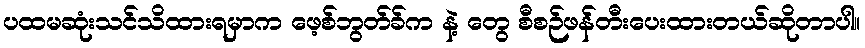
ပထမဆုံးသင်သိထားရမှာက ဖေ့စ်ဘွတ်ခ်က နဲ့ တွေ စီစဉ်ဖန်တီးပေးထားတယ်ဆိုတာပါ။